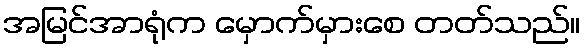
အမြင်အာရုံက မှောက်မှားစေ တတ်သည်။